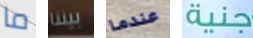
ما بيننا عندما جنية